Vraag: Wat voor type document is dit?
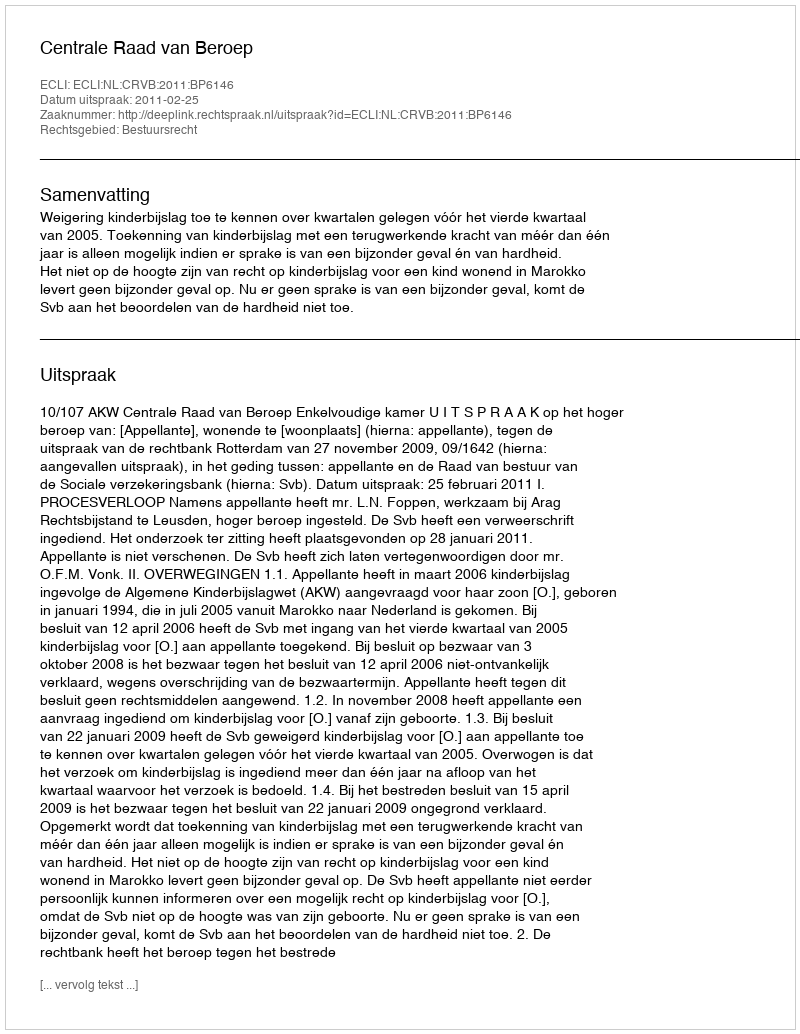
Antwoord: Uitspraak